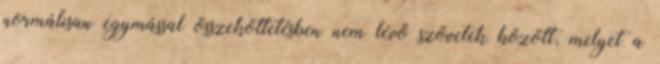
normálisan egymással összeköttetésben nem lévő szövetek között, melyet a